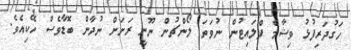
ހަގުދަރިފުޅު ވިޝާމް ފްލައިޓުން ނުވަތަ ލޯންޗުން ނޫނީ ރަށަށް ނުދާން ބޮޑާވެސް ހޭކިއެވެ.